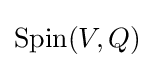
\operatorname {Spin} (V,Q)